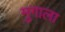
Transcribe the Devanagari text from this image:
मुगाला